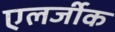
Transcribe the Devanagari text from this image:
एलर्जीक